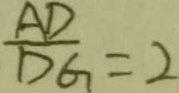
\frac { A D } { D G } = 2